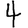
Digit: 4